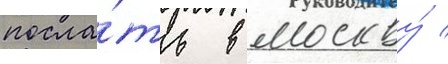
посла́ть в москву́ /